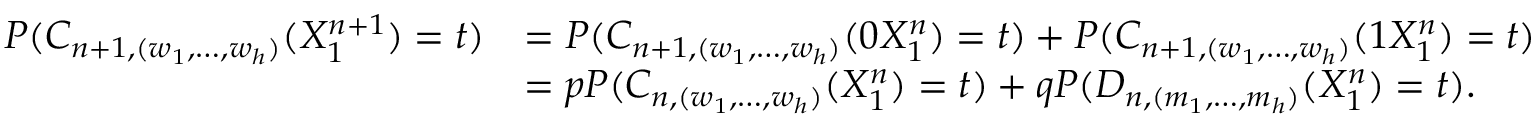
\begin{array} { r l } { P ( C _ { n + 1 , ( w _ { 1 } , \dots , w _ { h } ) } ( X _ { 1 } ^ { n + 1 } ) = t ) } & { = P ( C _ { n + 1 , ( w _ { 1 } , \dots , w _ { h } ) } ( 0 X _ { 1 } ^ { n } ) = t ) + P ( C _ { n + 1 , ( w _ { 1 } , \dots , w _ { h } ) } ( 1 X _ { 1 } ^ { n } ) = t ) } \\ & { = p P ( C _ { n , ( w _ { 1 } , \dots , w _ { h } ) } ( X _ { 1 } ^ { n } ) = t ) + q P ( D _ { n , ( m _ { 1 } , \dots , m _ { h } ) } ( X _ { 1 } ^ { n } ) = t ) . } \end{array}